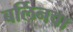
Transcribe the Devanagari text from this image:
बर्लिनचा